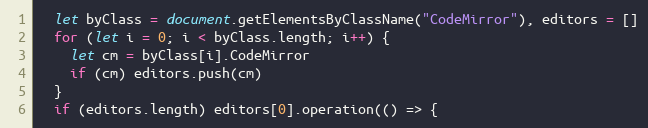
Language: JavaScript
  let byClass = document.getElementsByClassName("CodeMirror"), editors = []
  for (let i = 0; i < byClass.length; i++) {
    let cm = byClass[i].CodeMirror
    if (cm) editors.push(cm)
  }
  if (editors.length) editors[0].operation(() => {